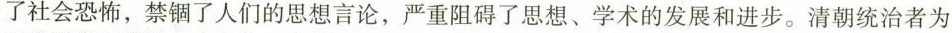
了社会恐怖，禁锢了人们的思想言论，严重阻碍了思想、学术的发展和进步。清朝统治者为